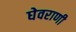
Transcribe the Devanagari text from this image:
घेवराणी